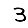
Digit: 3